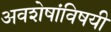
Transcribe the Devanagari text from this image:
अवशेषांविषयी